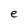
Character: e